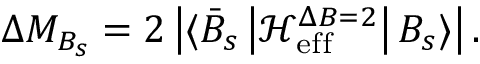
\Delta M _ { B _ { s } } = 2 \left| \langle \bar { B } _ { s } \left| \mathcal { H } _ { \mathrm { e f f } } ^ { \Delta B = 2 } \right| B _ { s } \rangle \right| .